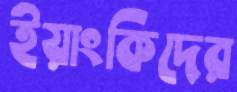
ইয়াংকিদের